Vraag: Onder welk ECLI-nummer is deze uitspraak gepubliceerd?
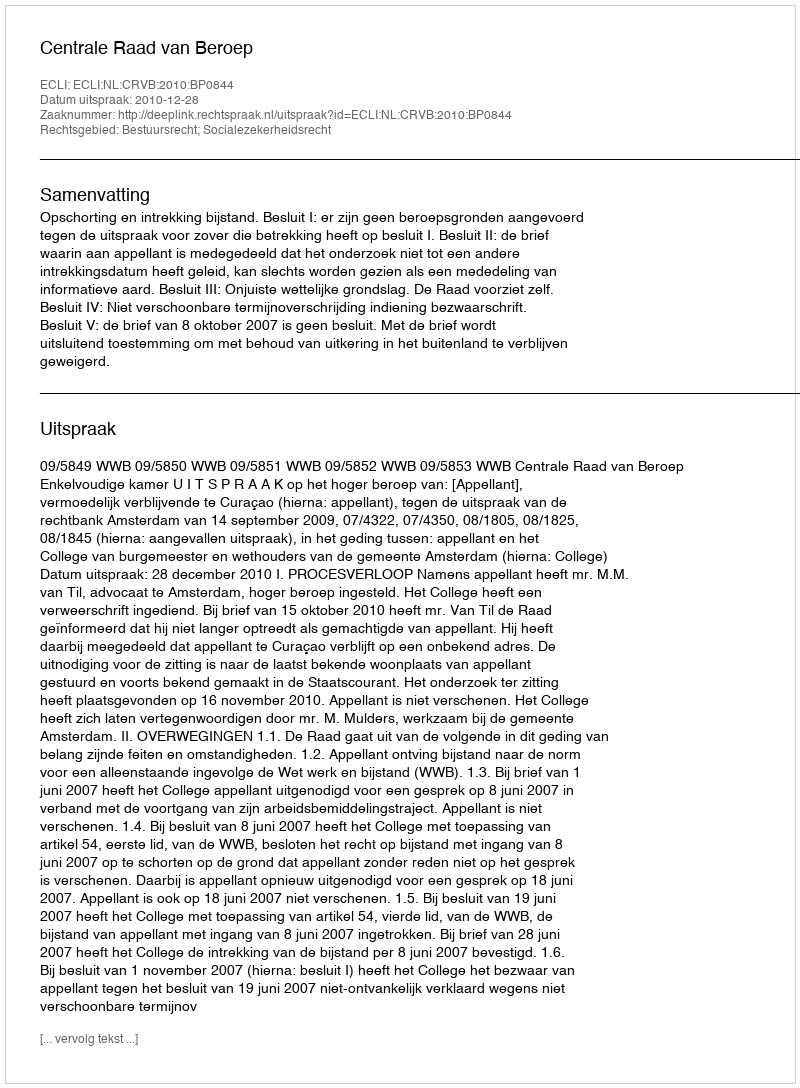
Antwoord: ECLI:NL:CRVB:2010:BP0844